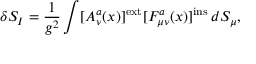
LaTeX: \delta S _ { I } = \frac { 1 } { g ^ { 2 } } \int [ A _ { \nu } ^ { a } ( x ) ] ^ { \mathrm { e x t } } [ F _ { \mu \nu } ^ { a } ( x ) ] ^ { \mathrm { i n s } } \, d S _ { \mu } ,